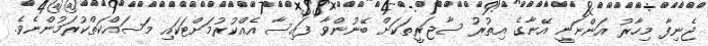
ޖެނިފާ މިހާރު އަންނަނީ އޭނާގެ އިތުރު ސާޖަރީތަކަށް ބޭނުންވާ ފައިސާ އެއްކުރުމަށްޓަކައި މަސައްކަތްކުރަމުންނެވެ.